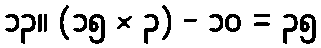
၁၃။ (၁၅ × ၃) - ၁၀ = ၃၅